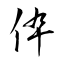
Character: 伜